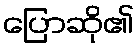
ပြောဆို၏